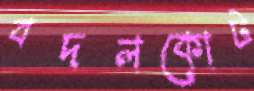
বদলকোট